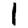
Digit: 1